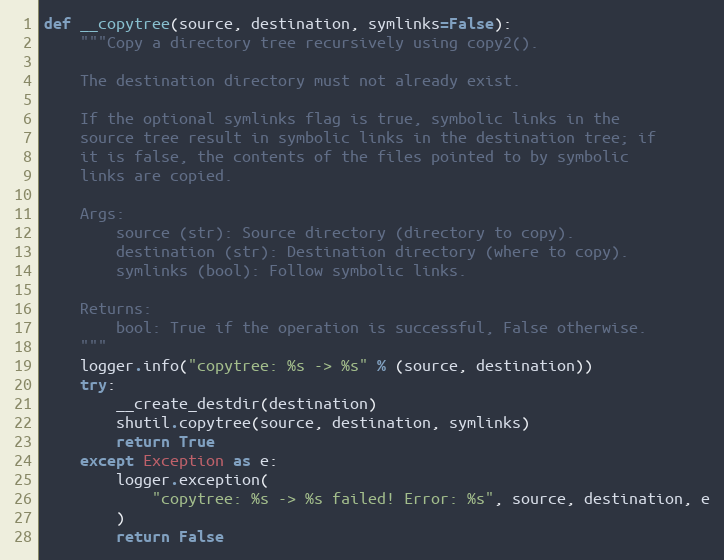
Language: Python
def __copytree(source, destination, symlinks=False):
    """Copy a directory tree recursively using copy2().

    The destination directory must not already exist.

    If the optional symlinks flag is true, symbolic links in the
    source tree result in symbolic links in the destination tree; if
    it is false, the contents of the files pointed to by symbolic
    links are copied.

    Args:
        source (str): Source directory (directory to copy).
        destination (str): Destination directory (where to copy).
        symlinks (bool): Follow symbolic links.

    Returns:
        bool: True if the operation is successful, False otherwise.
    """
    logger.info("copytree: %s -> %s" % (source, destination))
    try:
        __create_destdir(destination)
        shutil.copytree(source, destination, symlinks)
        return True
    except Exception as e:
        logger.exception(
            "copytree: %s -> %s failed! Error: %s", source, destination, e
        )
        return False